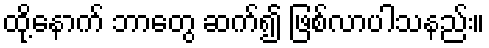
ထို့နောက် ဘာတွေ ဆက်၍ ဖြစ်လာပါသနည်း။